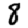
Digit: 8